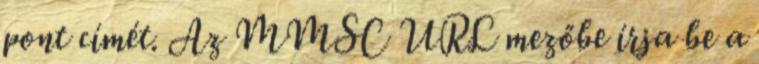
pont címét. Az MMSC URL mezőbe írja be a